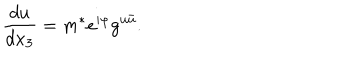
\frac { d u } { d x _ { 3 } } = m ^ { * } e ^ { i \varphi } g ^ { u \bar { u } } .